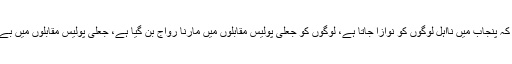
فواد چودھری نے مزید کہا کہ پنجاب میں نااہل لوگوں کو نوازا جاتا ہے، لوگوں کو جعلی پولیس مقابلوں میں مارنا رواج بن گیا ہے، جعلی پولیس مقابلوں میں بے گناہوں کو مارا جا رہا ہے۔